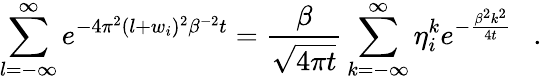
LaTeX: \sum_{l=-\infty}^{\infty}e^{-4\pi^{2}(l+w_{i})^{2}\beta^{-2}t}={\frac{\beta}{\sqrt{4\pi t}}}\sum_{k=-\infty}^{\infty}\eta_{i}^{k}e^{-{\frac{\beta^{2}k^{2}}{4t}}}~~~.